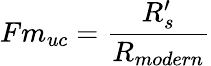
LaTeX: Fm_{uc}={\frac{R_{s}^{\prime}}{R_{modern}}}